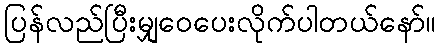
ပြန်လည်ပြီးမျှဝေပေးလိုက်ပါတယ်နော်။